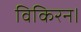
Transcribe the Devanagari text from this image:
विकिरन।